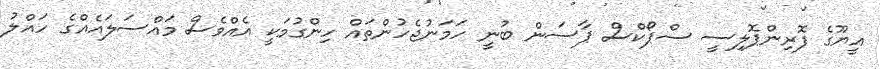
އީޔޫގެ ފޮރިންޕޮލިސީ ސްޕޯކްސް ޕާސަން ބުނީ ހަމަނުޖެހުންތައް ހިންގުމަކީ އެއްވެސް މައްސަލައެއްގެ ހައްލު